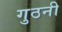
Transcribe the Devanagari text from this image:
गुठनी